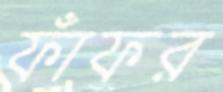
ফাঁফর